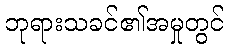
ဘုရားသခင်၏အမှုတွင်